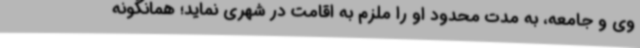
وی و جامعه، به مدت محدود او را ملزم به اقامت در شهری نماید؛ همانگونه